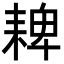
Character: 𦓸